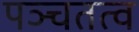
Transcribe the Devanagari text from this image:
पञ्चतत्व